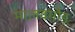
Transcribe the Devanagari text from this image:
मालवगौड़